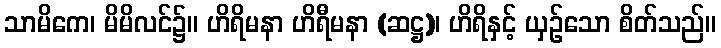
သာမိကေ၊ မိမိလင်၌။ ဟိရိမနာ ဟိရီမနာ (ဆဋ္ဌ)၊ ဟိရိနှင့် ယှဉ်သော စိတ်သည်။